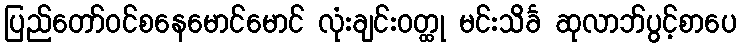
ပြည်တော်ဝင်စနေမောင်မောင် လုံးချင်းဝတ္ထု မင်းသိင်္ခ ဆုလာဘ်ပွင့်စာပေ